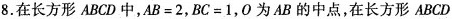
8.在长方形ABCD中，$$AB=2$$，$$BC=1$$，0为AB的中点，在长方形ABCD